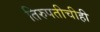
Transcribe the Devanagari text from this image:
तिरुपतीचीही